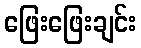
ဖြေးဖြေးချင်း